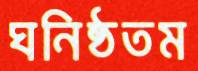
ঘনিষ্ঠতম